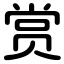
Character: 赏